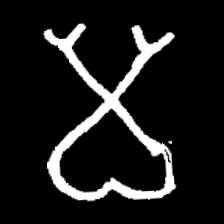
Pyu character \u2014 Myanmar letter: မ (romanized: ma)